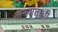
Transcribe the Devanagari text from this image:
अखाताची